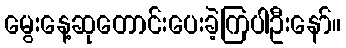
မွေးနေ့ဆုတောင်းပေးခဲ့ကြပါဦးနော်။